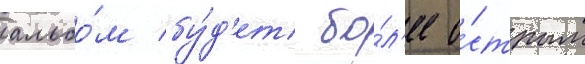
альбо́м бу́д'ет бо́л'ее о́стрым